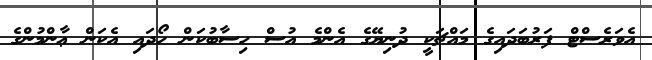
އެވަރެސްޓް ފަރުބަދައިގެ މައްޗަކީ ދުނިޔޭގެ އެންމެ އުސް ހިސާބުކަން ހޯދައި އެކަން ޢާންމުންގެ